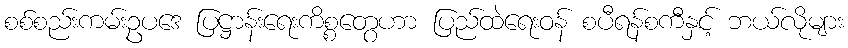
စစ်စည်းကမ်းဥပဒေ ပြဋ္ဌာန်းရေးကိစ္စတွေဟာ ပြည်ထဲရေးဝန် စပီရန်စကီနှင့် ဘယ်လိုများ